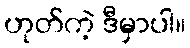
ဟုတ်ကဲ့ ဒီမှာပါ။